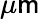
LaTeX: \mu\mathsf{m}